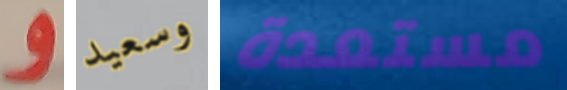
و وسعيد مستعدة